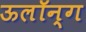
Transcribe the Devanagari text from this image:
ऊलॉन्ग